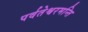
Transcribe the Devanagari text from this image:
पर्वतेश्वरमन्ति